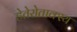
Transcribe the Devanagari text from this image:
हेतेरोताक्स्य